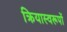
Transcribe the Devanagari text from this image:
क्रियास्वरूपों